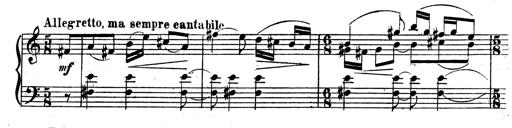
Title: 3 Sonatinas for Piano
Composer: Vissarion Shebalin